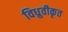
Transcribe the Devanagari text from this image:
विध्रुवीकृत